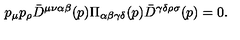
p _ { \mu } p _ { \rho } { \bar { D } } ^ { \mu \nu \alpha \beta } ( p ) \Pi _ { \alpha \beta \gamma \delta } ( p ) { \bar { D } } ^ { \gamma \delta \rho \sigma } ( p ) = 0 .